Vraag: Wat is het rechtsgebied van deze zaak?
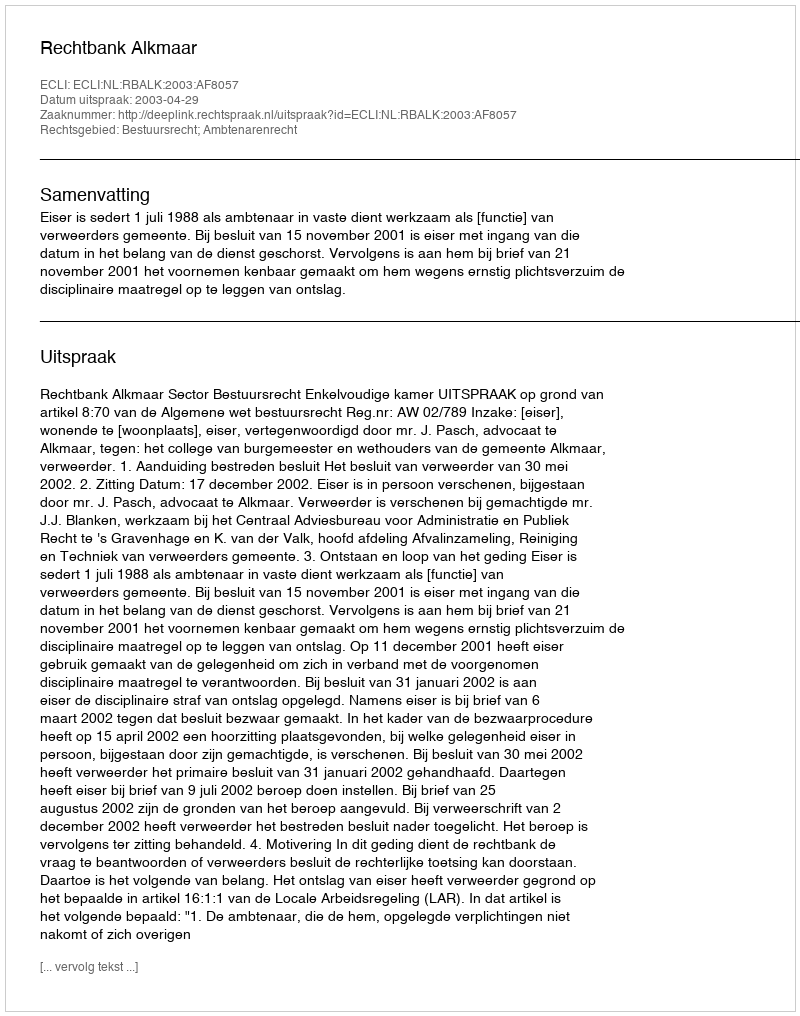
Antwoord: Bestuursrecht; Ambtenarenrecht